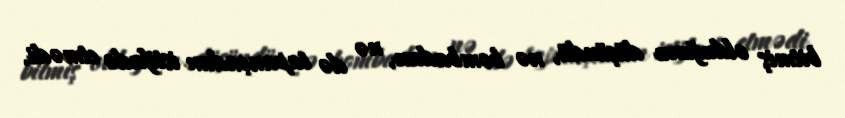
bitmiş olduğunu düşündü, nə bombadan, nə də tapançadan istifadə etmədi.